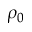
\rho _ { 0 }